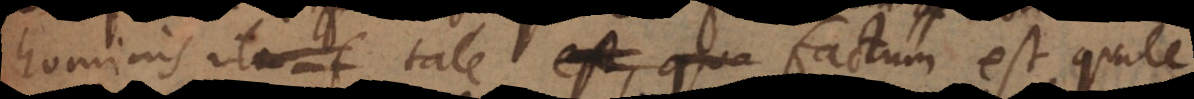
hominis ita f tale est, qua factum est quale